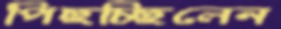
পিছচ্ছিলেন